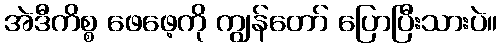
အဲဒီကိစ္စ ဖေဖေ့ကို ကျွန်တော် ပြောပြီးသားပဲ။